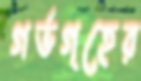
গর্ভগৃহের